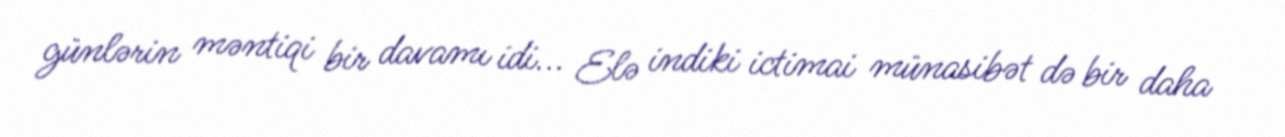
günlərin məntiqi bir davamı idi... Elə indiki ictimai münasibət də bir daha